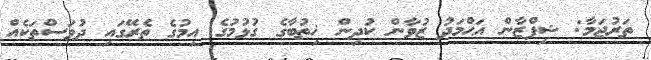
ތަރުޖަމާ: ޝިފްޒާން އަޙްމަދު ޒުވާން ކުދިން ޚިޠުބާގެ ގުޅުމުގެ އިމުގެ ތެރޭގައި ދުވަސްތަކެއް